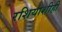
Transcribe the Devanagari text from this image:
रशियाशीही